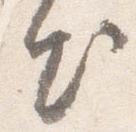
出